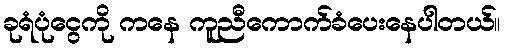
ခုရံပုံငွေကို ကနေ ကူညီကောက်ခံပေးနေပါတယ်။